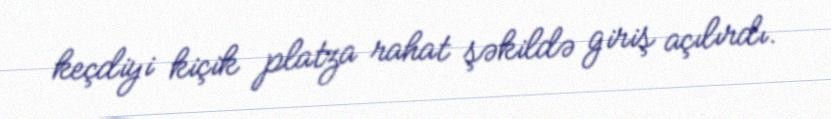
keçdiyi kiçik platza rahat şəkildə giriş açılırdı.